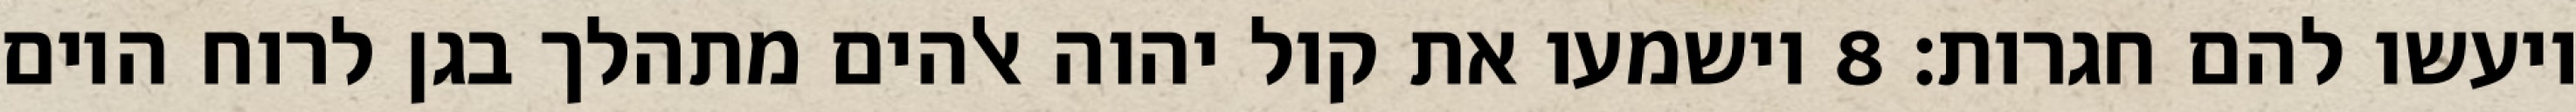
ויעשו להם חגרות׃ ‎8‏ וישמעו את קול יהוה אלהים מתהלך בגן לרוח היום